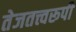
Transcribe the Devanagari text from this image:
तेजतत्त्वरूपी